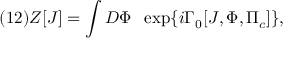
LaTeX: ( 1 2 ) Z [ J ] = \int { \cal D } \Phi \; \; \exp \{ i \Gamma _ { 0 } [ J , \Phi , \Pi _ { c } ] \} ,